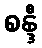
စန္ဒီ